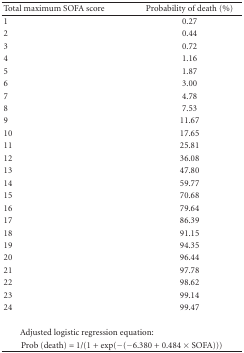
<table><thead><tr><td><b>Total maximum SOFA score</b></td><td><b>Probability of death (%)</b></td></tr></thead><tbody><tr><td>1</td><td> 0.27</td></tr><tr><td>2</td><td> 0.44</td></tr><tr><td>3</td><td> 0.72</td></tr><tr><td>4</td><td> 1.16</td></tr><tr><td>5</td><td> 1.87</td></tr><tr><td>6</td><td> 3.00</td></tr><tr><td>7</td><td> 4.78</td></tr><tr><td>8</td><td> 7.53</td></tr><tr><td>9</td><td>11.67</td></tr><tr><td>10</td><td>17.65</td></tr><tr><td>11</td><td>25.81</td></tr><tr><td>12</td><td>36.08</td></tr><tr><td>13</td><td>47.80</td></tr><tr><td>14</td><td>59.77</td></tr><tr><td>15</td><td>70.68</td></tr><tr><td>16</td><td>79.64</td></tr><tr><td>17</td><td>86.39</td></tr><tr><td>18</td><td>91.15</td></tr><tr><td>19</td><td>94.35</td></tr><tr><td>20</td><td>96.44</td></tr><tr><td>21</td><td>97.78</td></tr><tr><td>22</td><td>98.62</td></tr><tr><td>23</td><td>99.14</td></tr><tr><td>24</td><td>99.47</td></tr><tr><td colspan="2">Adjusted logistic regression equation:</td></tr><tr><td colspan="2">Prob (death) = 1/(1 + exp(−(−6.380 + 0.484 × SOFA)))</td></tr></tbody></table>